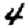
Digit: 4